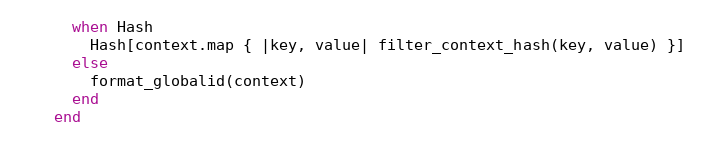
Language: Ruby
      when Hash
        Hash[context.map { |key, value| filter_context_hash(key, value) }]
      else
        format_globalid(context)
      end
    end